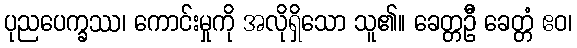
ပုညပေက္ခဿ၊ ကောင်းမှုကို အလိုရှိသော သူ၏။ ခေတ္တဦိ ခေတ္တံ ဧဝ၊